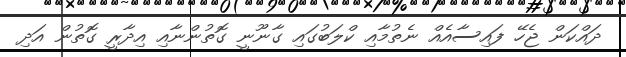
ދައްކަން ޖެހޭ ފައިސާއެއް ނެތުމާއި ކްލަބުގައި ގާނޫނީ ގޮތުންނާއި އިދާރީ ގޮތުން އަދި